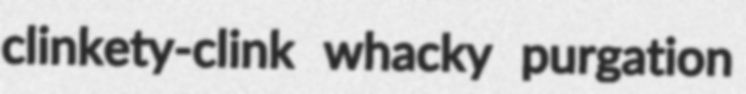
clinkety-clink whacky purgation